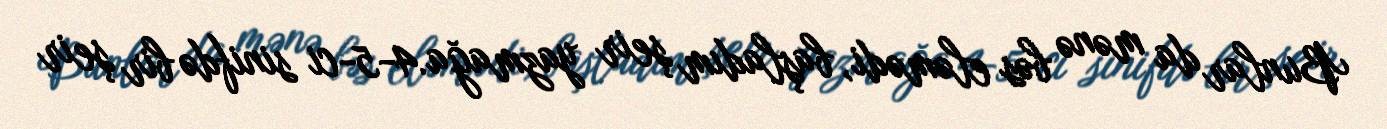
Bunlar da mənə bəs eləmədi, başladım şeir yazmağa.4-5-ci sinifdə bir şeir